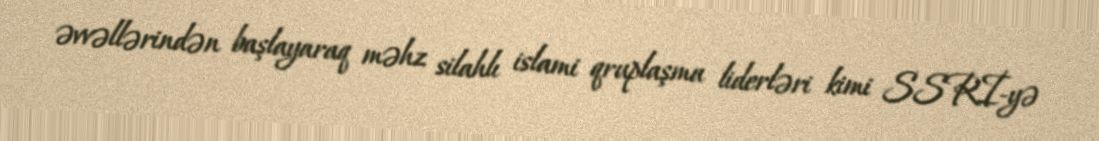
əvvəllərindən başlayaraq məhz silahlı islami qruplaşma liderləri kimi SSRİ-yə